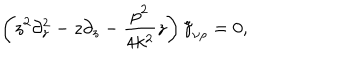
\left( z ^ { 2 } \partial _ { z } ^ { 2 } - z \partial _ { z } - \frac { p ^ { 2 } } { 4 k ^ { 2 } } z \right) \tilde { \gamma } _ { \nu \rho } = 0 ,